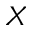
X